Vaccination report Assam 1896-1927 - 1896-1927
Year: 1896
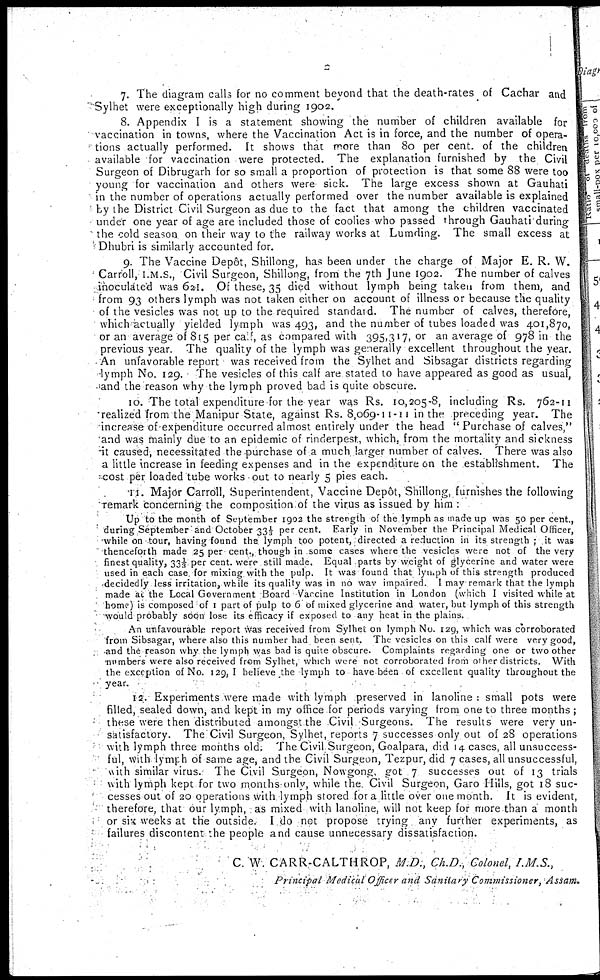
2
7. The diagram calls for no comment beyond that the death-rates of Cachar and
Sylhet were exceptionally high during 1902.
8. Appendix I is a statement showing the number of children available for
vaccination in towns, where the Vaccination Act is in force, and the number of opera-
tions actually performed. It shows that more than 80 per cent. of the children
available for vaccination were protected. The explanation furnished by the Civil
Surgeon of Dibrugarh for so small a proportion of protection is that some 88 were too
young for vaccination and others were sick. The large excess shown at Gauhati
in the number of operations actually performed over the number available is explained
by the District Civil Surgeon as due to the fact that among the children vaccinated
under one year of age are included those of coolies who passed through Gauhati during
the cold season on their way to the railway works at Lumding. The small excess at
Dhubri is similarly accounted for.
9. The Vaccine Depôt, Shillong, has been under the charge of Major E. R. W.
Carroll, I.M.S., Civil Surgeon, Shillong, from the 7th June 1902. The number of calves
inoculated was 621. Of these, 35 died without lymph being taken from them, and
from 93 others lymph was not taken either on account of illness or because the quality
of the vesicles was not up to the required standard. The number of calves, therefore,
which actually yielded lymph was 493, and the number of tubes loaded was 401,870,
or an average of 815 per calf, as compared with 395,317, or an average of 978 in the
previous year. The quality of the lymph was generally excellent throughout the year.
An unfavorable report was received from the Sylhet and Sibsagar districts regarding
lymph No. 129. The vesicles of this calf are stated to have appeared as good as usual,
and the reason why the lymph proved bad is quite obscure.
10. The total expenditure for the year was RS. 10,205-8, including Rs. 762-11
realized from the Manipur State, against Rs. 8,069-11-11 in the preceding year. The
increase of expenditure occurred almost entirely under the head " Purchase of calves,"
and was mainly due to an epidemic of rinderpest, which, from the mortality and sickness
it caused, necessitated the purchase of a much larger number of calves. There was also
a little increase in feeding expenses and in the expenditure on the establishment. The
cost per loaded tube works out to nearly 5 pies each.
11. Major Carroll, Superintendent, Vaccine Depôt, Shillong, furnishes the following
remark concerning the composition of the virus as issued by him :
Up to the month of September 1902 the strength of the lymph as made up was 50 per cent.,
during September and October 33 1/3per cent. Early in November the Principal Medical Officer,
while on tour, having found the lymph too potent, directed a reduction in its strength ; it was
thenceforth made 25 per cent., though in some cases where the vesicles were not of the very
finest quality, 33 1/3 per cent. were still made. Equal parts by weight of glycerine and water were
used in each case for mixing with the pulp. It was found that lymph of this strength produced
decidedly less irritation, while its quality was in no way impaired. I may remark that the lymph
made at the Local Government Board Vaccine Institution in London (which I visited while at
home) is composed of 1 part of pulp to 6 of mixed glycerine and water, but lymph of this strength
would probably soon lose its efficacy if exposed to any heat in the plains.
An unfavourable report was received from Sylhet on lymph No. 129, which was corroborated
from Sibsagar, where also this number had been sent. The vesicles on this calf were very good,
and the reason why the lymph was bad is quite obscure. Complaints regarding one or two other
numbers were also received from Sylhet, which were not corroborated from other districts. With
the exception of No. 129,I believe the lymph to have been of excellent quality throughout the
year.
12. Experiments were made with lymph preserved in lanoline : small pots were
filled, sealed down, and kept in my office for periods varying from one to three months;
these were then distributed amongst the Civil Surgeons. The results were very un-
satisfactory. The Civil Surgeon, Sylhet, reports 7 successes only out of 28 operations
with lymph three months old. The Civil Surgeon, Goalpara, did 14 cases, all unsuccess-
ful, with lymph of same age, and the Civil Surgeon, Tezpur, did 7 cases, all unsuccessful,
with similar virus. The Civil Surgeon, Nowgong, got 7 successes out of 13 trials
with lymph kept for two months only, while the. Civil Surgeon, Garo Hills, got 18 suc-
cesses out of 20 operations with lymph stored for a little over one month. It is evident,
therefore, that our lymph, as mixed with lanoline, will not keep for more than a month
or six weeks at the outside. I do not propose trying any further experiments, as
failures discontent the people and cause unnecessary dissatisfaction.
C. W. CARR-CALTHROP, M.D., Ch.D., Colonel, I.M.S.,
Principal Medical Officer and Sanitary Commissioner,
Assam.